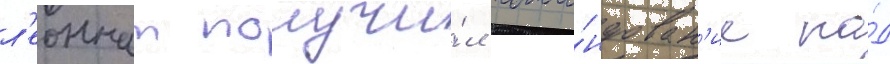
л'еоннат получи́л кома́ндован'ие на́д